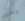
بخير